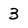
Character: 3